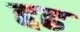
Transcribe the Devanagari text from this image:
द्दढ